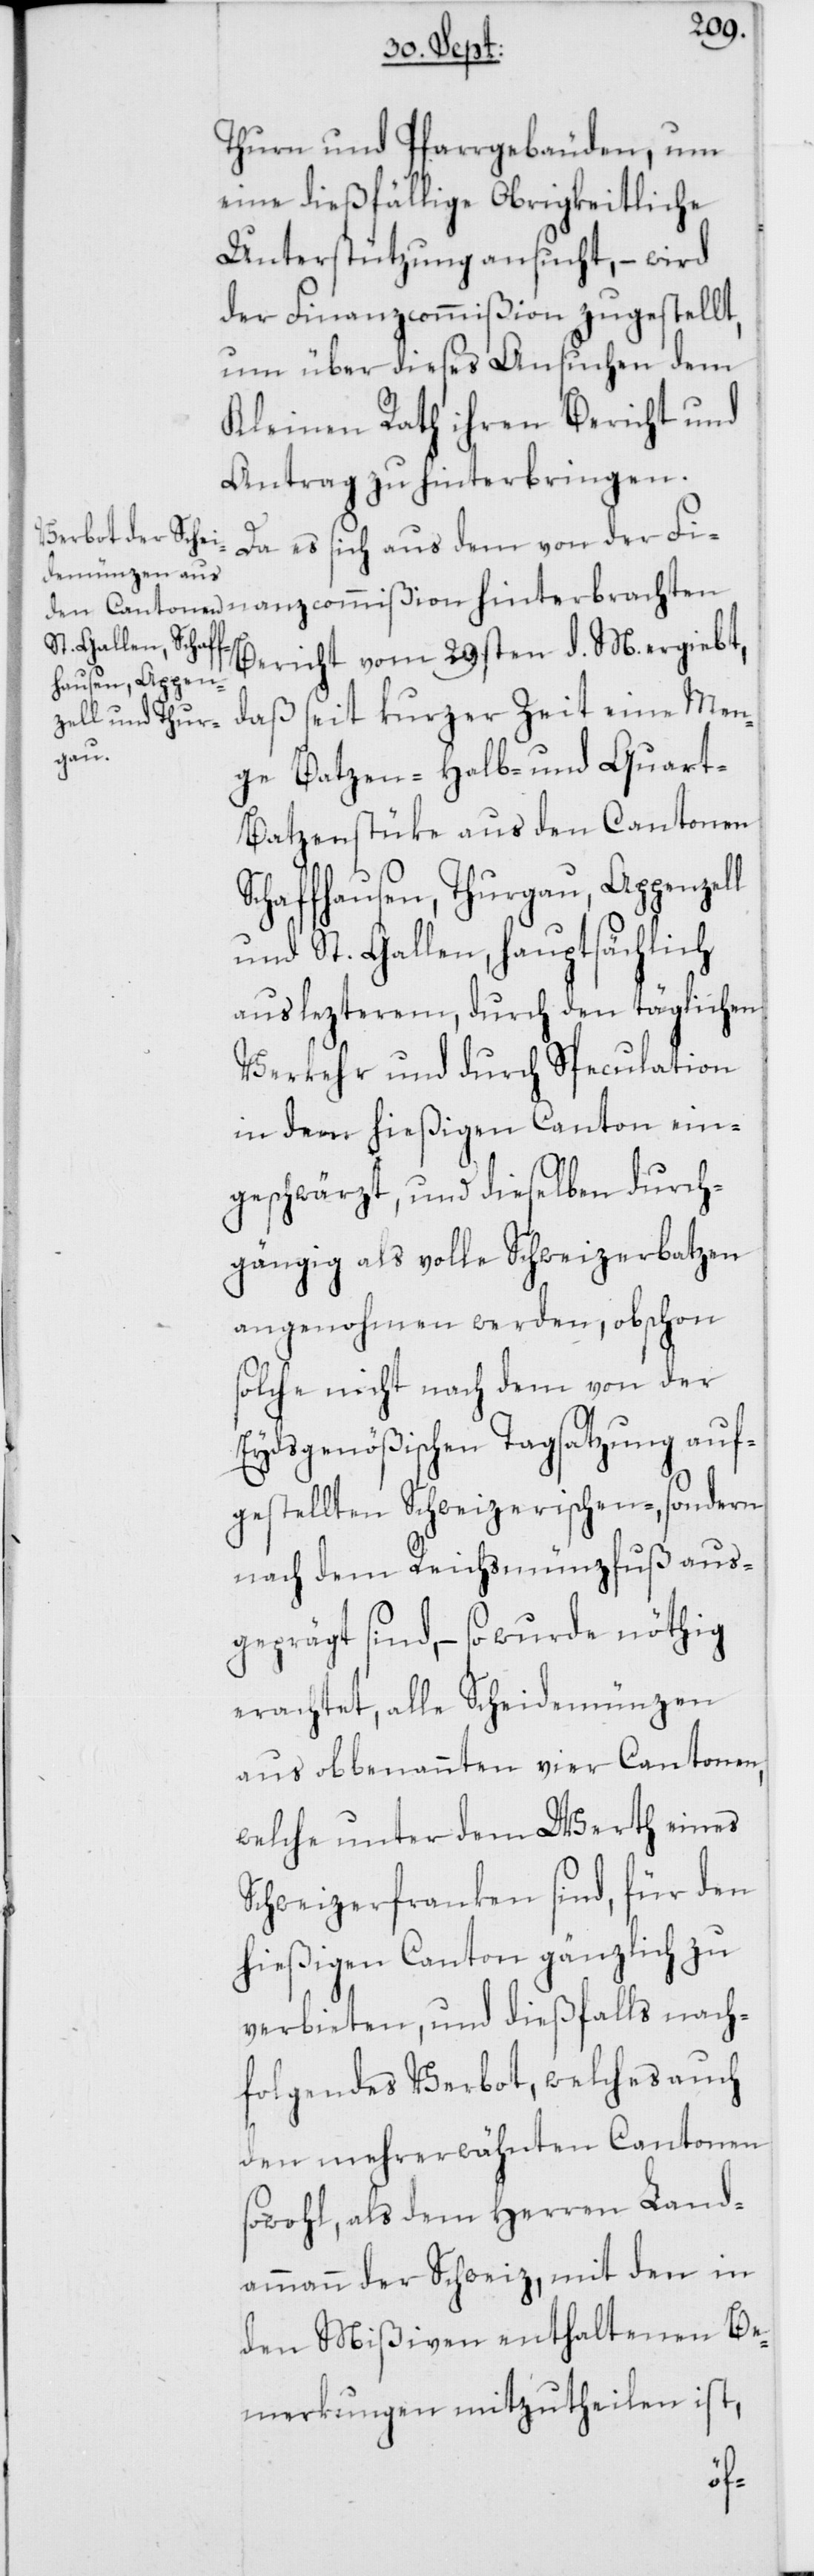
nanzcommißion
Thurn und Pfarrgebäuden, um
eine dießfällige Obrigkeitliche
Unterstützung ansucht, – wird
der Finanzcommißion zugestellt,
um über dieses Ansuchen dem
Kleinen Rath ihren Bericht und
Antrag zu hinterbringen.
Da es sich aus dem von der Fi¬
Bericht vom 29sten d. M. ergiebt,
daß seit kurzer Zeit eine Men¬
ge Batzen-[,] Halb- und Quart-B¬
atzenstüke aus den Cantonen
Schaffhausen, Thurgau, Appenzell
und St. Gallen, hauptsächlich
aus lezterem, durch den täglichen
Verkehr und durch Speculation
in dem hießigen Canton ein¬
geschwärzt, und dieselben durch¬
gängig als volle Schweizerbatzen
angenohmen werden, obschon s¬
olche nicht nach dem von der
Eydsgenößischen Tagsatzung auf¬
gestellten Schweizerischen-, sondern
nach dem Reichsmünzfuß aus¬
geprägt sind, – so wurde nöthig
erachtet, alle Scheidemünzen
aus obbenannten vier Cantonen,
welche unter dem Werth eines
Schweizerfranken sind, für den
hießigen Canton gänzlich zu
verbieten, und dießfalls nach¬
folgendes Verbot, welches auch
den mehrerwähnten Cantonen
sowohl, als dem Herren Land¬
ammann der Schweiz, mit den in
den Mißiven enthaltenen Be¬
merkungen mitzutheilen ist,